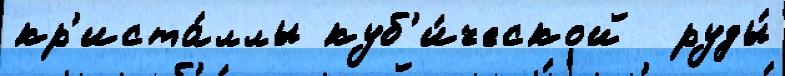
кр'иста́ллы куб'и́ческой  руды́